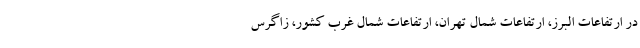
در ارتفاعات البرز، ارتفاعات شمال تهران، ارتفاعات شمال غرب کشور، زاگرس